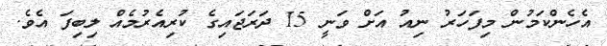
އެހެންކަމުން މިފަހަރު ނިއު އަށް ވަނީ 15 ދަރަޖައިގެ ކުރިއެރުމެއް ލިބިފަ އެވެ.